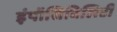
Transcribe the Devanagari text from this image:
इंपॉसिबिलिटी